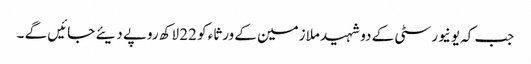
جب کہ یونیورسٹی کے دو شہید ملازمین کے ورثاء کو 22 لاکھ روپے دیئے جائیں گے ۔